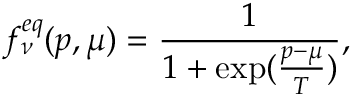
f _ { \nu } ^ { e q } ( p , \mu ) = \frac { 1 } { 1 + \exp ( \frac { p - \mu } { T } ) } ,